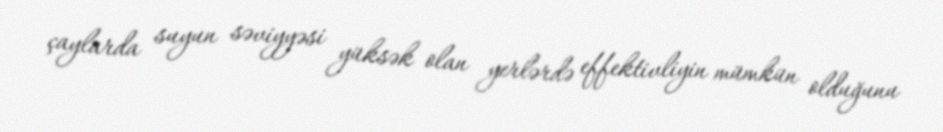
çaylarda suyun səviyyəsi yüksək olan yerlərdə effektivliyin mümkün olduğunu